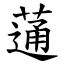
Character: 蓪